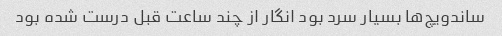
ساندویچ‌ها بسیار سرد بود انگار از چند ساعت قبل درست شده بود